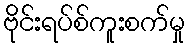
ဗိုင်းရပ်စ်ကူးစက်မှု